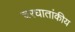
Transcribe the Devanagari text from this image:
चरघातांकीय